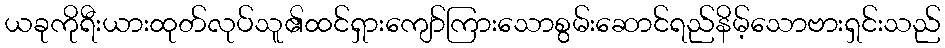
ယခုကိုရီးယားထုတ်လုပ်သူ၏ထင်ရှားကျော်ကြားသောစွမ်းဆောင်ရည်နိမ့်သောဗားရှင်းသည်